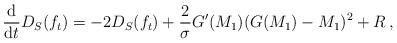
LaTeX: \begin{align*}\frac{\mathrm{d}}{\mathrm{d} t} D_S(f_t) = -2D_S(f_t) + \frac 2\sigma G'(M_1) (G(M_1)-M_1)^2 + R\,,\end{align*}